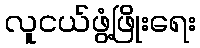
လူငယ်ဖွံ့ဖြိုးရေး